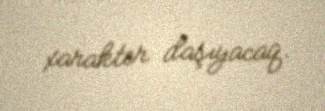
xarakter daşıyacaq.